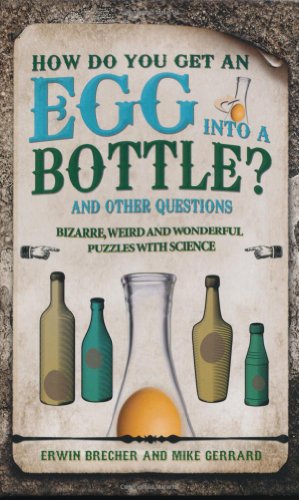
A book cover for How Do You Get an Egg into a Bottle?: And Other Puzzles: 101 Weird, Wonderful and Wacky Puzzles with Science; Erwin Brecher; Science & Math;